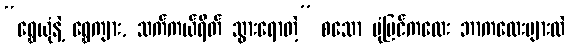
“ရွှေယုံနဲ့ ရွှေကျား, သက်ကယ်ရိတ် သွားရောတဲ့” စသော ပုံပြင်ကလေး ဘာကလေးများလဲ